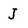
Character: J